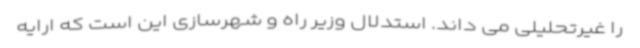
را غیرتحلیلی می داند. استدلال وزیر راه و شهرسازی این است که ارایه